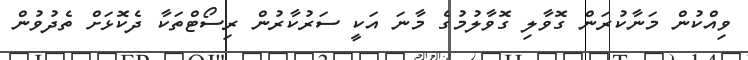
ވިއްކުން މަނާކުރަން ގޮވާލި ގޮވާލުމުގެ މާނަ އަކީ ސަރުކާރުން ރިސޯޓްތަކާ ދެކޮޅަށް ތެދުވުން